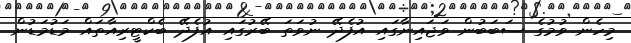
މިހެން ވުމުގެ ސަބަބުން ވަޖައިނާގައި އުފެދޭ ނުވަތަ ބޭރުގައި އުފެދޭ ބެކްޓީރިއާތައް މަޑުމަޑުން